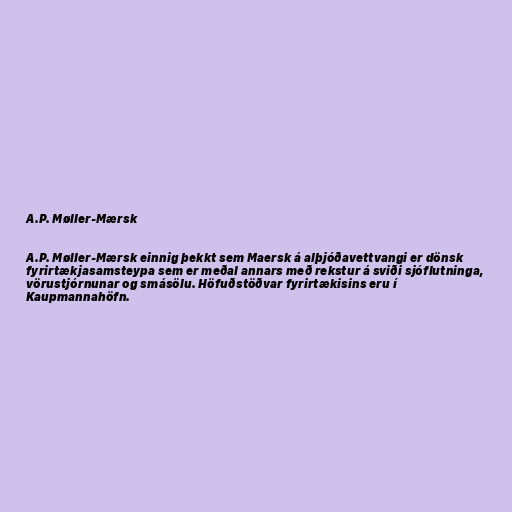
A.P. Møller-Mærsk

A.P. Møller-Mærsk einnig þekkt sem Maersk á alþjóðavettvangi er dönsk
fyrirtækjasamsteypa sem er meðal annars með rekstur á sviði sjóflutninga,
vörustjórnunar og smásölu. Höfuðstöðvar fyrirtækisins eru í
Kaupmannahöfn.